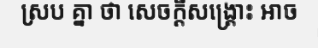
ស្រប គ្នា ថា សេចក្តីសង្គ្រោះ អាច